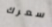
سعرك